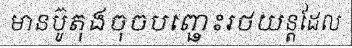
មានប៊ូតុងចុចបញ្ឆេះរថយន្តដែល